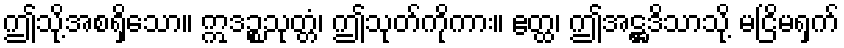
ဤသို့အစရှိသော။ ဣဒဉ္စသုတ္တံ၊ ဤသုတ်ကိုကား။ ဧတ္ထ၊ ဤအဋ္ဌဒိသာသို့ မငြိမရှက်